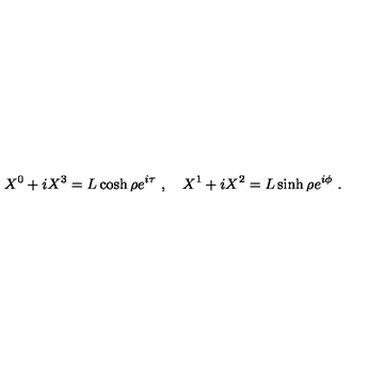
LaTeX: X ^ { 0 } + i X ^ { 3 } = L \cosh \rho e ^ { i \tau } \ , \quad X ^ { 1 } + i X ^ { 2 } = L \sinh \rho e ^ { i \phi } \ .